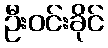
ဦးဝင်းခိုင်